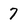
Character: 7